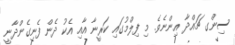
ސިންގ ޗައްދާ އިންނެވެ. މި ފިލްމުގައި ކަރީނާ އާއި އެކު ދެން ފެނިގެންދާނީ